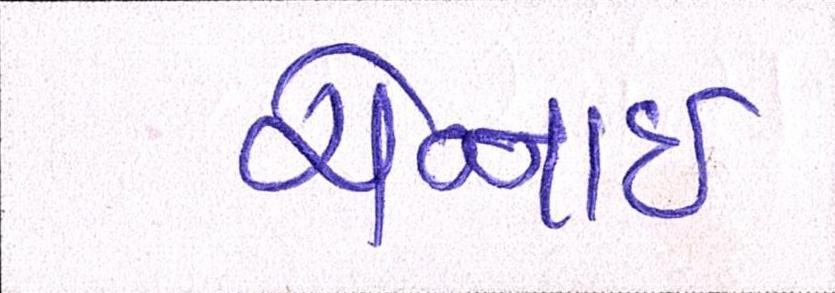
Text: ચેન્નાઇ